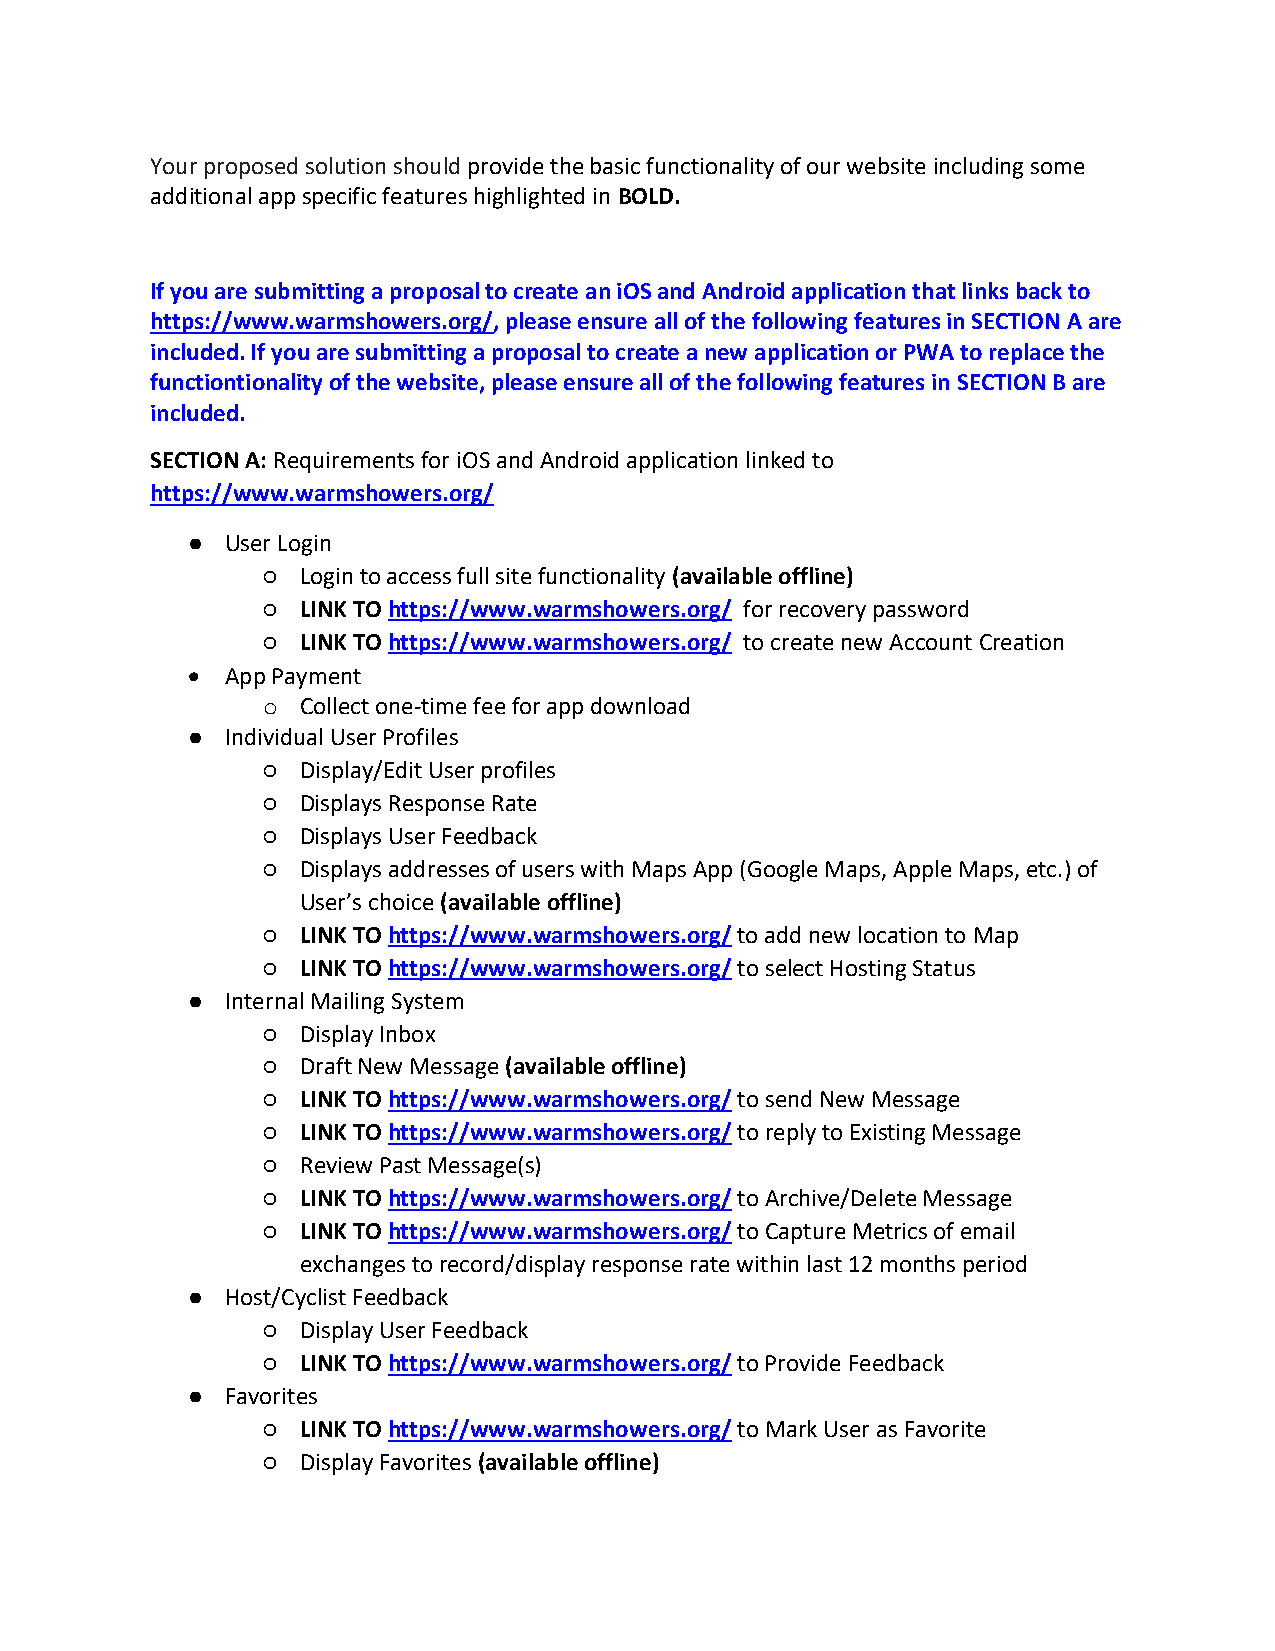
Your proposed solution should provide the basic functionality of our website including some
 additional app specific features highlighted in BOLD.
 If you are submitting a proposal to create an iOS and Android application that links back to
 https://www.warmshowers.org/, please ensure all of the following features in SECTION A are
 included. If you are submitting a proposal to create a new application or PWA to replace the
 functiontionality of the website, please ensure all of the following features in SECTION B are
 included.
 SECTION A: Requirements for iOS and Android application linked to
 https://www.warmshowers.org/
 ●  User Login
 ○  Login to access full site functionality (available offline)
 ○  LINK TO https://www.warmshowers.org/ for recovery password
 ○  LINK TO https://www.warmshowers.org/ to create new Account Creation
   App Payment
 o  Collect one-time fee for app download
 ●  Individual User Profiles
 ○  Display/Edit User profiles
 ○  Displays Response Rate
 ○  Displays User Feedback
 ○  Displays addresses of users with Maps App (Google Maps, Apple Maps, etc.) of
 User’s choice (available offline)
 ○  LINK TO https://www.warmshowers.org/ to add new location to Map
 ○  LINK TO https://www.warmshowers.org/ to select Hosting Status
 ●  Internal Mailing System
 ○  Display Inbox
 ○  Draft New Message (available offline)
 ○  LINK TO https://www.warmshowers.org/ to send New Message
 ○  LINK TO https://www.warmshowers.org/ to reply to Existing Message
 ○  Review Past Message(s)
 ○  LINK TO https://www.warmshowers.org/ to Archive/Delete Message
 ○  LINK TO https://www.warmshowers.org/ to Capture Metrics of email
 exchanges to record/display response rate within last 12 months period
 ●  Host/Cyclist Feedback
 ○  Display User Feedback
 ○  LINK TO https://www.warmshowers.org/ to Provide Feedback
 ●  Favorites
 ○  LINK TO https://www.warmshowers.org/ to Mark User as Favorite
 ○  Display Favorites (available offline)